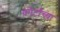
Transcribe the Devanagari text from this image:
कोर्टांच्या